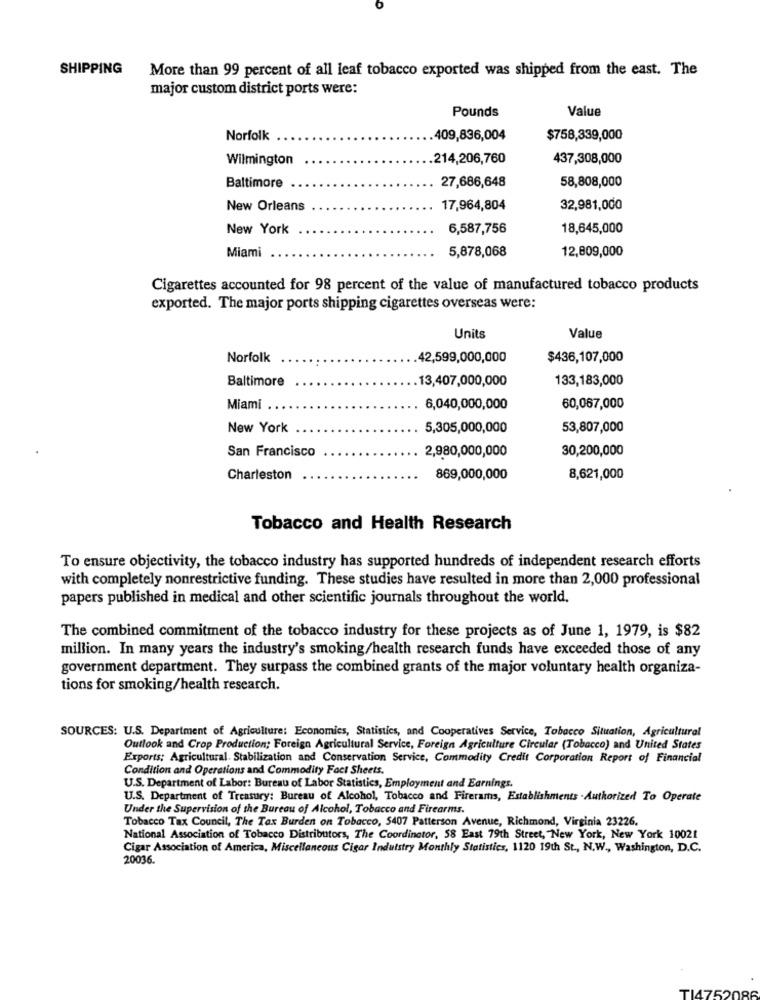
SHIPPING
More than 99 percent of all leaf tobacco exported was shipped from the east. The
major custom district ports were:
Value
Pounds
Norfolk
.409,836,004
$758,339,000
Wilmington
.214,206,760
437,308,000
Baltimore
58,808,000
27,686,648
New Orleans
17,964,804
32,981,000
New York
6,587,756
18,645,000
Miami
5,878,068
12,809,000
Cigarettes accounted for 98 percent of the value of manufactured tobacco products
exported. The major ports shipping cigarettes overseas were:
Units
Value
Norfolk
42,599,000,000
$436,107,000
Baltimore
13,407,000,000
133,183,000
Miami
6,040,000,000
60,067,000
New York
5,305,000,000
53,807,000
San Francisco
2,980,000,000
30,200,000
Charleston
869,000,000
8,621,000
Tobacco and Health Research
To ensure objectivity, the tobacco industry has supported hundreds of independent research efforts
with completely nonrestrictive funding. These studies have resulted in more than 2,000 professional
papers published in medical and other scientific journals throughout the world.
The combined commitment of the tobacco industry for these projects as of June 1, 1979, is $82
million. In many years the industry's smoking/health research funds have exceeded those of any
government department. They surpass the combined grants of the major voluntary health organiza-
tions for smoking/health research.
SOURCES: U.S. Department of Agriculture: Economics, Statistics, and Cooperatives Service, Tobacco Situation, Agricultural
Outlook and Crop Production; Foreign Agricultural Service, Foreign Agriculture Circular (Tobacco) and United States
Exports: Agricultural. Stabilization and Conservation Service, Commodity Credit Corporation Report of Financial
Condition and Operations and Commodity Fact Sheets.
U.S. Department of Labor: Bureau of Labor Statistics, Employment and Earnings.
U.S. Department of Treasury: Bureau of Alcohol, Tobacco and Firerams, Establishments . Authorized To Operate
Under the Supervision of the Bureau of Alcohol, Tobacco and Firearms.
Tobacco Tax Council, The Tax Burden on Tobacco, 5407 Patterson Avenue, Richmond, Virginia 23226.
National Association of Tobacco Distributors, The Coordinator, 58 East 79th Street, New York, New York 10021
Cigar Association of America, Miscellaneous Cigar Industry Monthly Statistics, 1120 19th St ., N.W ., Washington, D.C.
20036.
TI475